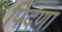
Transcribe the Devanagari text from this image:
पिंदणा